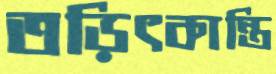
তড়িৎকান্তি